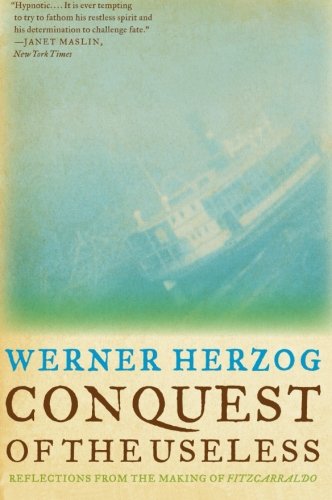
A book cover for Conquest of the Useless: Reflections from the Making of Fitzcarraldo; Werner Herzog; Humor & Entertainment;